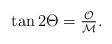
LaTeX: \begin{align*}\begin{array}{c}\tan {2\Theta}=\frac{{\cal O}}{{\cal M}}. \end{array} \end{align*}